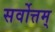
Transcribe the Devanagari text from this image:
सर्वोत्तम्